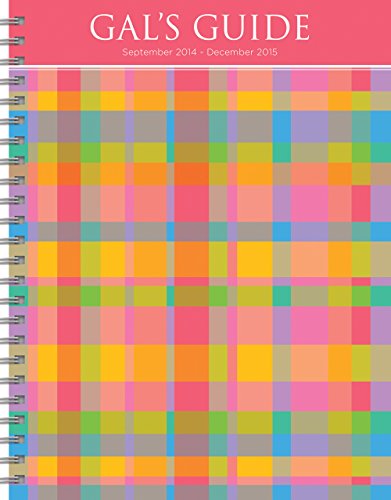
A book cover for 2015 Gal's Guide 16 Month Spiral Planner; TF PUBLISHING; Calendars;